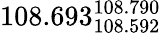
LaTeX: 108.693_{108.592}^{108.790}